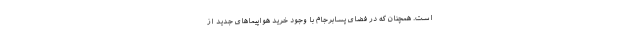
است. همچنان‌ که در فضای پسابرجام با وجود خرید هواپیماهای جدید از